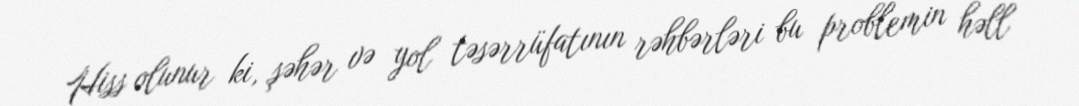
Hiss olunur ki, şəhər və yol təsərrüfatının rəhbərləri bu problemin həll